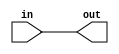
module non_inverting_buffer (
    input wire in,
    output reg out
);

always @ (in)
begin
    out = in;
end

endmodule